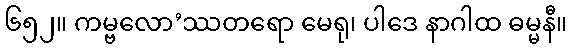
၆၅၂။ ကမ္ဗလော’ဿတရော မေရု၊ ပါဒေ နာဂါထ ဓမ္မနီ။